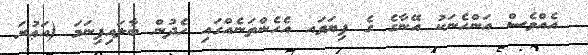
އެއްވެސް އަންހެނަކު އޭނާގެ ގެ ފިޔަވައ އެހެންތަނެއްގައި ހެދުން ބާލައިފިނަމަ (އަޢުރަ